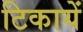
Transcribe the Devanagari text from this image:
टिकायें